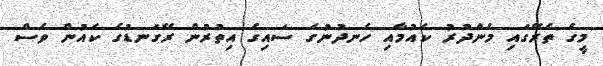
މީގެ ތެރޭގައި މެންދުރު ކެއުމާއި ހެނދުނުގެ ސައިގެ އިތުރުން ރޭގަނޑުގެ ކެއުން ވެސް